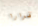
قرارا